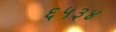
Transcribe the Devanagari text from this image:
६५३४